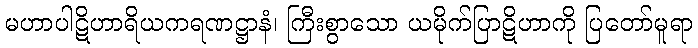
မဟာပါဋိဟာရိယကရဏဋ္ဌာနံ၊ ကြီးစွာသော ယမိုက်ပြာဋိဟာကို ပြတော်မူရာ